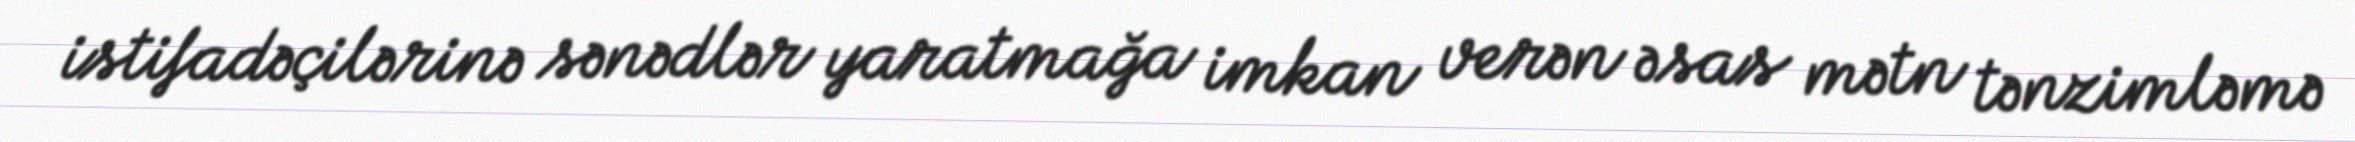
istifadəçilərinə sənədlər yaratmağa imkan verən əsas mətn tənzimləmə